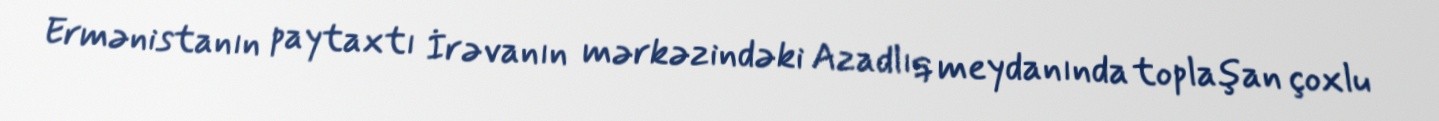
Ermənistanın paytaxtı İrəvanın mərkəzindəki Azadlıq meydanında toplaşan çoxlu